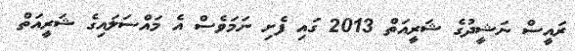
ރައީސް ނަޝީދުގެ ޝަރީއަތް 2013 ގައި ފެށި ނަމަވެސް އެ މައްސަލައިގެ ޝަރީއަތް